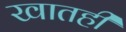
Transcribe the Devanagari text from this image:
खातही